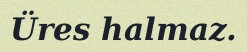
Üres halmaz.